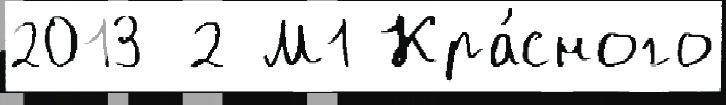
2013 2 М1 Кра́сного